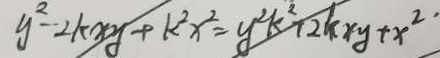
y ^ { 2 } - 2 k x y + k ^ { 2 } x ^ { 2 } = y ^ { 2 } k ^ { 2 } + 2 k x y + x ^ { 2 } .